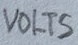
Text: VOLTS